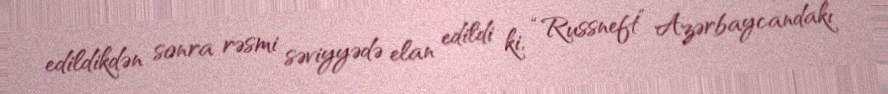
edildikdən sonra rəsmi səviyyədə elan edildi ki, “Russneft” Azərbaycandakı